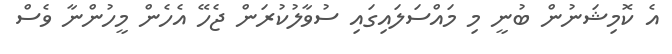
އެ ކޮމިޝަނުން ބުނީ މި މައްސަލައިގައި ސުވާލުކުރަން ޖެހޭ އެހެން މީހުންނާ ވެސް